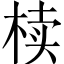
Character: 椟